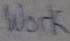
Text: work